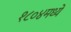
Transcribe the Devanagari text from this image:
१८०४मध्ये